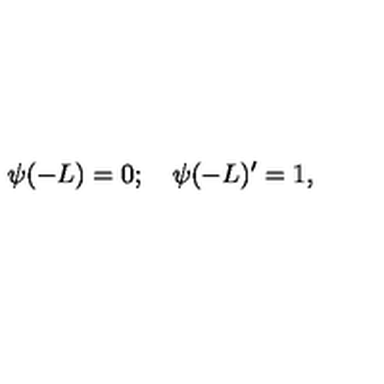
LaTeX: \psi ( - L ) = 0 ; \quad \psi ( - L ) ^ { \prime } = 1 ,